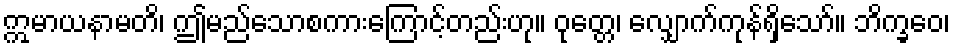
ဣမာယနာမတိ၊ ဤမည်သောစကားကြောင့်တည်းဟု။ ဝုတ္တေ၊ လျှောက်ကုန်ရှိသော်။ ဘိက္ခဝေ၊